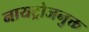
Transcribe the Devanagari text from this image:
नायट्रोजनुक्त